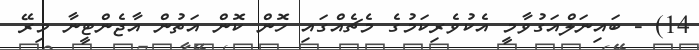
14) - ބައިނަލްއަގުވާމީ އެކުވެރިކަމުގެ މެޗެއްގައި ހޮން ކޮން އަތުން އާޖެންޓީނާ މިރޭ